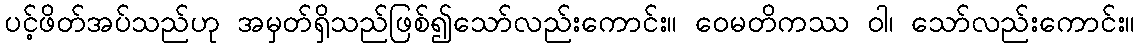
ပင့်ဖိတ်အပ်သည်ဟု အမှတ်ရှိသည်ဖြစ်၍သော်လည်းကောင်း။ ဝေမတိကဿ ဝါ၊ သော်လည်းကောင်း။